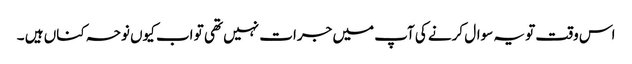
اس وقت تو یہ سوال کرنے کی آپ میں جرات نہیں تھی تو اب کیوں نوحہ کناں ہیں ۔